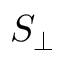
S _ { \perp }